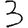
Digit: 3